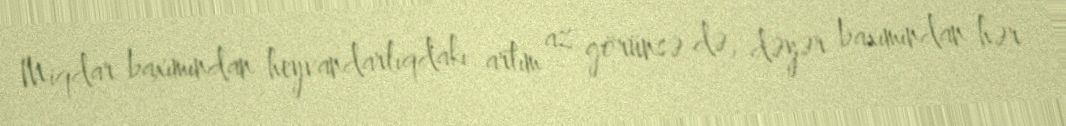
Miqdar baxımından heyvandarlıqdakı artım az görünsə də, dəyər baxımından hər